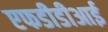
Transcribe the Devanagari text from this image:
एफडीडीआई